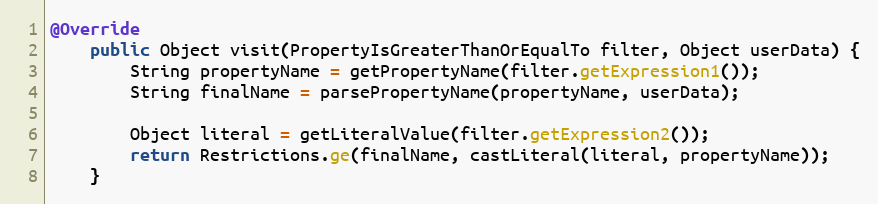
Language: Java
@Override
	public Object visit(PropertyIsGreaterThanOrEqualTo filter, Object userData) {
		String propertyName = getPropertyName(filter.getExpression1());
		String finalName = parsePropertyName(propertyName, userData);

		Object literal = getLiteralValue(filter.getExpression2());
		return Restrictions.ge(finalName, castLiteral(literal, propertyName));
	}